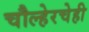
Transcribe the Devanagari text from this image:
चौल्हेरचेही